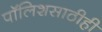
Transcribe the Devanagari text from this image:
पॉलिशसाठीही